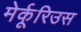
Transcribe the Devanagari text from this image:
मेर्कूरिउस